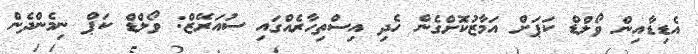
އެޑިޑާއިން ވޯލްޑް ކަޕަށް އަމާޒުކޮށްގެން ހެދި އިސްތިހާރެއްގައި ސުއަަރޭޒް: ވޯލްޑް ކަޕް ނިމެންދެން